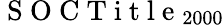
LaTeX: \mathrm{~S~O~C~T~i~t~l~e~}_{2000}